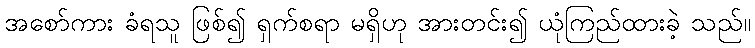
အစော်ကား ခံရသူ ဖြစ်၍ ရှက်စရာ မရှိဟု အားတင်း၍ ယုံကြည်ထားခဲ့ သည်။